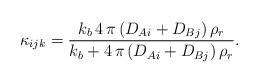
\begin{align*}\displaystyle \kappa_{ijk} = \frac{k_b\,4\,\pi\,(D_{Ai} + D_{Bj})\,\rho_r}{k_b + 4\,\pi\,(D_{Ai} + D_{Bj})\,\rho_r}.\end{align*}